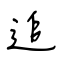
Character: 追